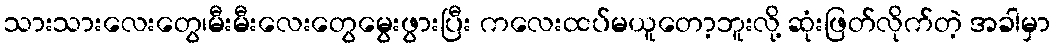
သားသားလေးတွေ၊မီးမီးလေးတွေမွေးဖွားပြီး ကလေးထပ်မယူတော့ဘူးလို့ ဆုံးဖြတ်လိုက်တဲ့ အခါမှာ